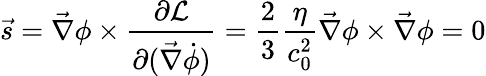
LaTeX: \vec{s}=\vec{\nabla}\phi\times\frac{\partial\mathcal{L}}{\partial(\vec{\nabla}\dot{\phi})}=\frac 23\frac{\eta}{c_{0}^{2}}\vec{\nabla}\phi\times\vec{\nabla}\phi=0